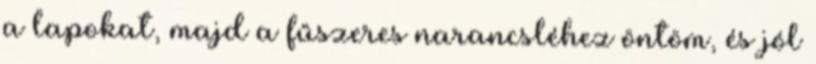
a lapokat, majd a fűszeres narancsléhez öntöm, és jól